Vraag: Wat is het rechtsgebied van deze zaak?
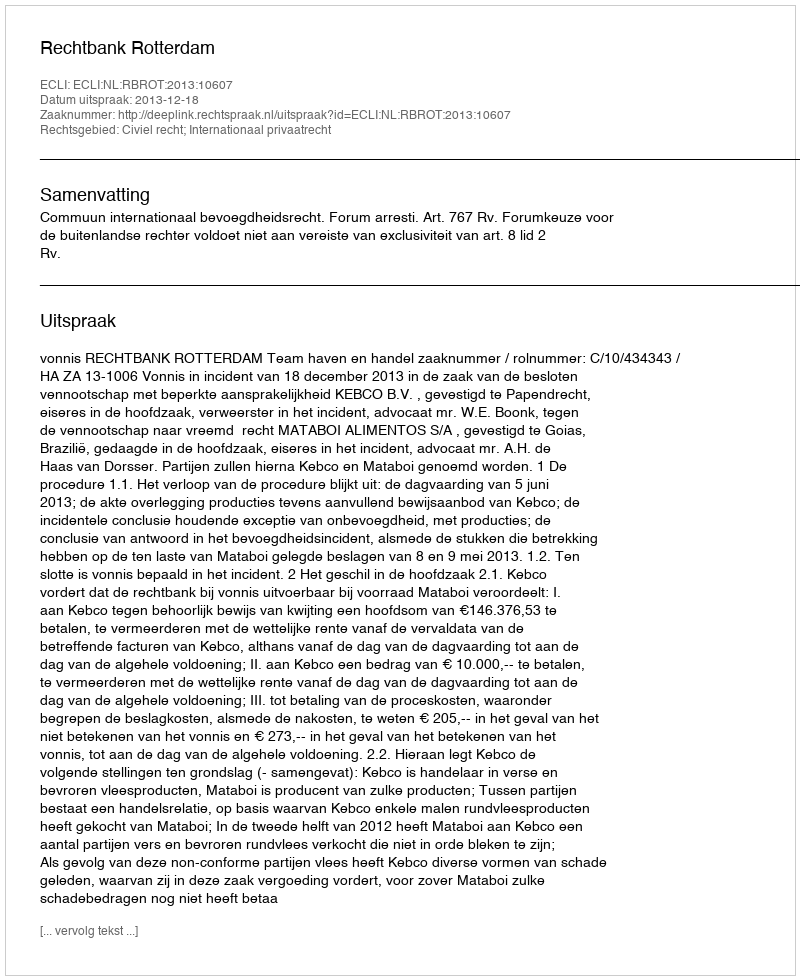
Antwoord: Civiel recht; Internationaal privaatrecht